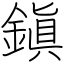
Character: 鎭